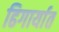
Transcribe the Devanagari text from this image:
ढिगार्यात